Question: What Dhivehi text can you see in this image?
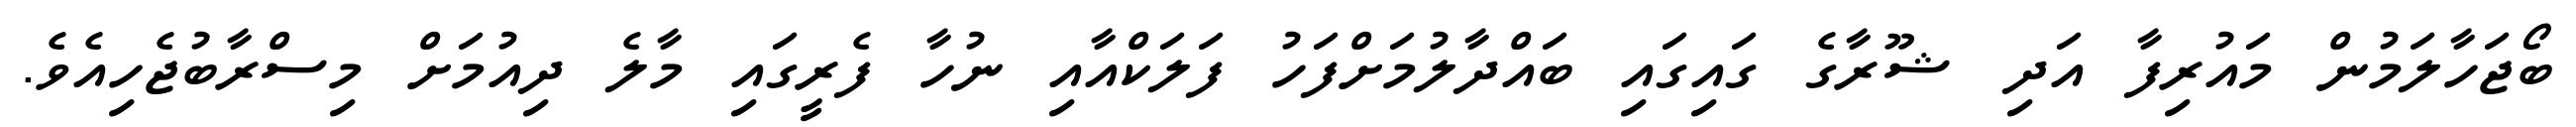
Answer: ބޯޖަހާލަމުން މައުރިފާ އަދި ޝޫރާގެ ގައިގައި ބައްދާލުމަށްފަހު ފަލަކްއާއި ނުހާ ފެރީގައި މާލެ ދިއުމަށް މިސްރާބުޖެހިއެވެ.